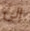
إلى